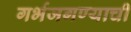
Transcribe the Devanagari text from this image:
गर्भजगण्याची